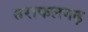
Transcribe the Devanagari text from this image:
तराफलगढ़